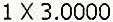
1 X 3.0000